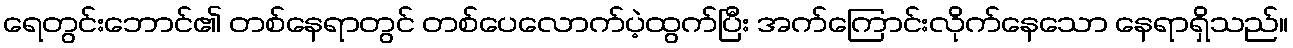
ရေတွင်းဘောင်၏ တစ်နေရာတွင် တစ်ပေလောက်ပဲ့ထွက်ပြီး အက်ကြောင်းလိုက်နေသော နေရာရှိသည်။